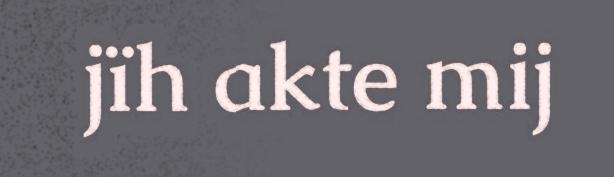
jïh akte mij